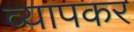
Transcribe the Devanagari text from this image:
व्यापकर